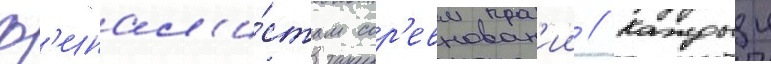
ф'инал'и́стам сор'евнован'ии // Каждыи